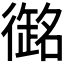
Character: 𭜇